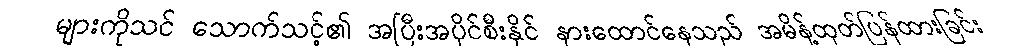
များကိုသင် သောက်သင့်၏ အပြီးအပိုင်စီးနိုင် နားထောင်နေသည် အမိန့်ထုတ်ပြန်ထားခြင်း